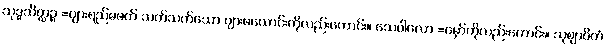
သုဒ္ဓသိတ္ထဉ္စ =ပျားရည်မဖက် သက်သက်သော ပျားဖယောင်းကိုလည်းကောင်း။ သေဝါလော =မှော်ကိုလည်းကောင်း။ သုဈာပိတံ